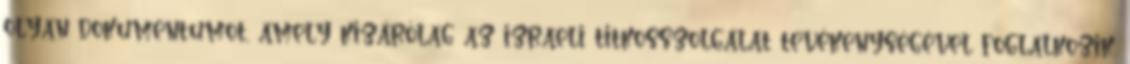
olyan dokumentumot, amely kizárólag az izraeli titkosszolgálat tevékenységével foglalkozik.